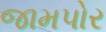
જામપોર